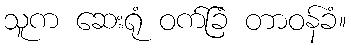
သူက ဆေးရုံ ဝက်ခြံ တာဝန်ခံ။